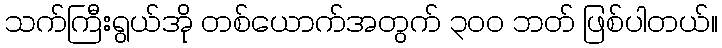
သက်ကြီးရွယ်အို တစ်ယောက်အတွက် ၃၀၀ ဘတ် ဖြစ်ပါတယ်။